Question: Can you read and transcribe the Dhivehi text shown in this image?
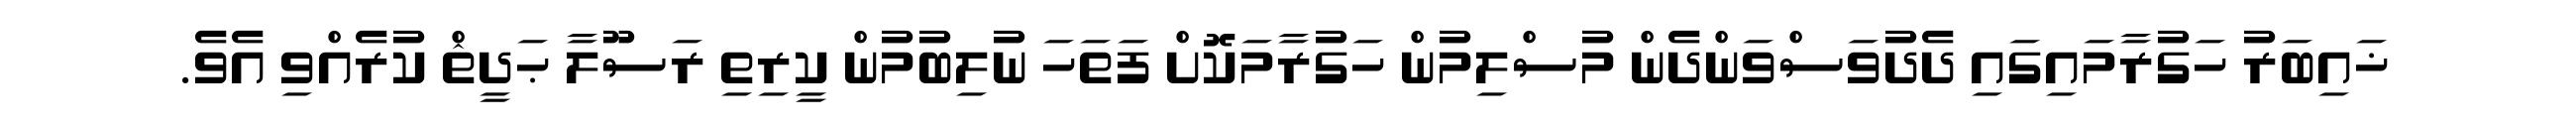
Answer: ޚައިބަރު ހަގުރާމައިގައި ދެދުވަސްވަންދެން މުސްލިމުން ހަގުރާމަކޮށް ފަތަހަ ނުލިބުމުން ކީރިތި ރަސޫލާ ޙަދީޘް ކުރެއްވި އެވެ.